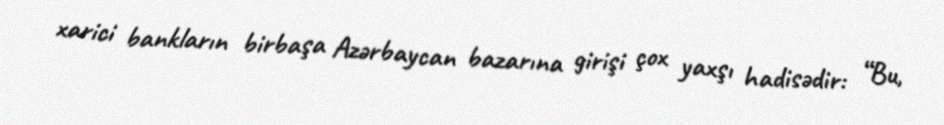
xarici bankların birbaşa Azərbaycan bazarına girişi çox yaxşı hadisədir: “Bu,